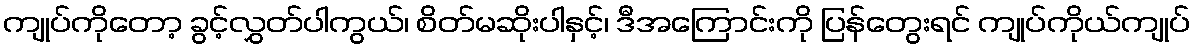
ကျုပ်ကိုတော့ ခွင့်လွှတ်ပါကွယ်၊ စိတ်မဆိုးပါနှင့်၊ ဒီအကြောင်းကို ပြန်တွေးရင် ကျုပ်ကိုယ်ကျုပ်